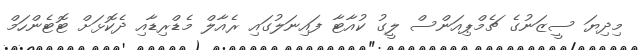
މިދިޔަ ސީޒަނުގެ ޗެމްޕިއަންސް ލީގު ކުއާޓާ ފައިނަލުގައި ރެއާލް މެޑްރިޑާއި ދެކޮޅަށް ޓޮޓެންހަމް